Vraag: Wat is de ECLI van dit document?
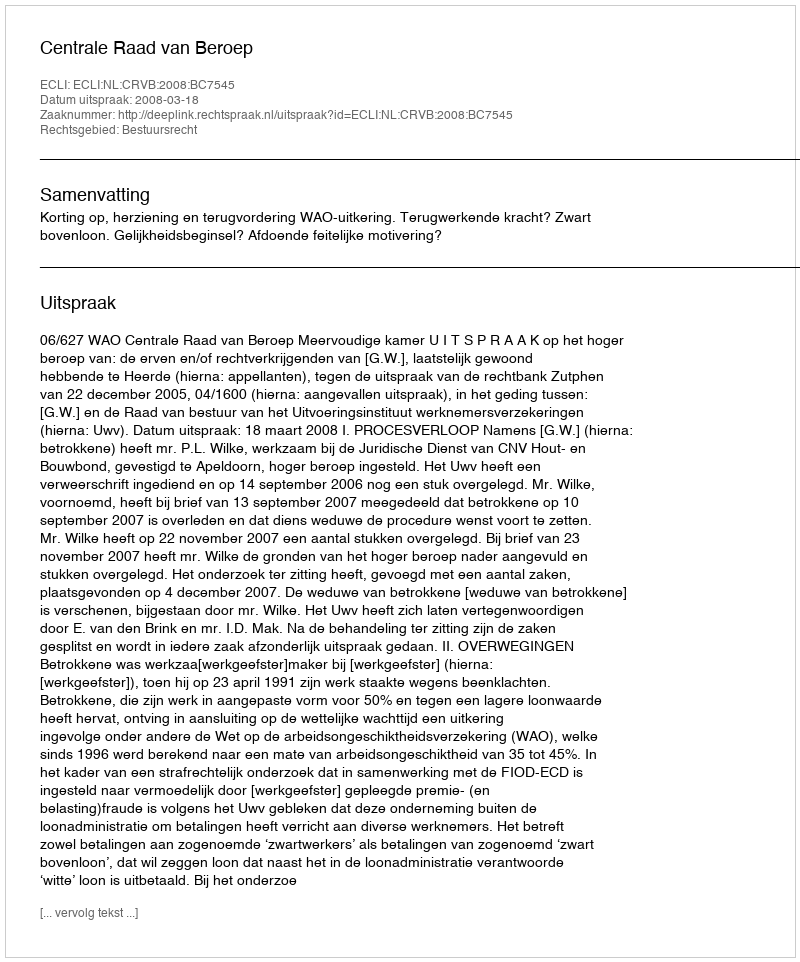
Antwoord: ECLI:NL:CRVB:2008:BC7545